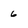
Character: 6